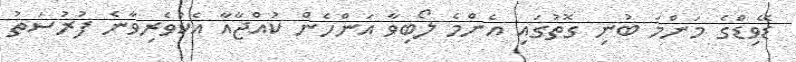
ޑޭވިޑްގެ މަންމަ ބުނި ގޮތުގައި އެންމެ ލޯބިވާ އަންހެން ކުއްޖާއާ އެކުވެރިވާނެ ފުރުސަތު